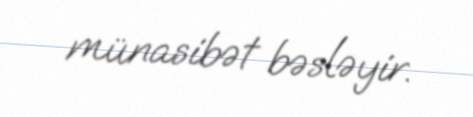
münasibət bəsləyir.